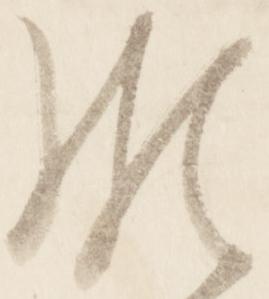
頗